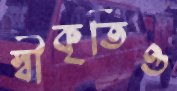
স্বীকৃতিও